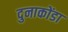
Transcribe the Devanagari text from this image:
दुनाकोंडा